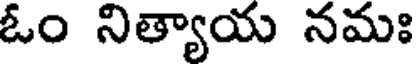
ఓం నిత్యాయ నమః